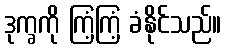
ဒုက္ခကို ကြံ့ကြံ့ ခံနိုင်သည်။